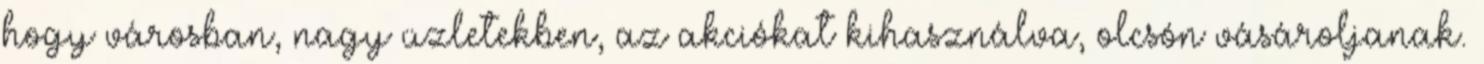
hogy városban, nagy üzletekben, az akciókat kihasználva, olcsón vásároljanak.